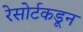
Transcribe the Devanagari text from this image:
रेसोर्टकडून